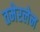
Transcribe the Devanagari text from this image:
तमेरलेन